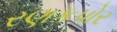
રણકપોર